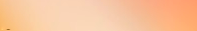
Open Late